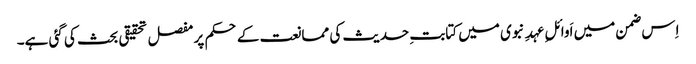
اِس ضمن میں اَوائلِ عہدِ نبوی میں کتابتِ حدیث کی ممانعت کے حکم پر مفصل تحقیقی بحث کی گئی ہے۔